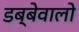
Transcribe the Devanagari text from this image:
डब्बेवालो